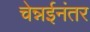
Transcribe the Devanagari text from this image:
चेन्नईनंतर